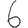
Digit: 6